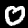
Label: 0